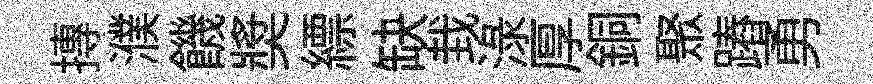
摶濮饑奬縹缺㘽渌厚銅聚蹖勇